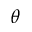
\theta